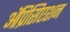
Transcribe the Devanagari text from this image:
ॲप्रिसिएशन